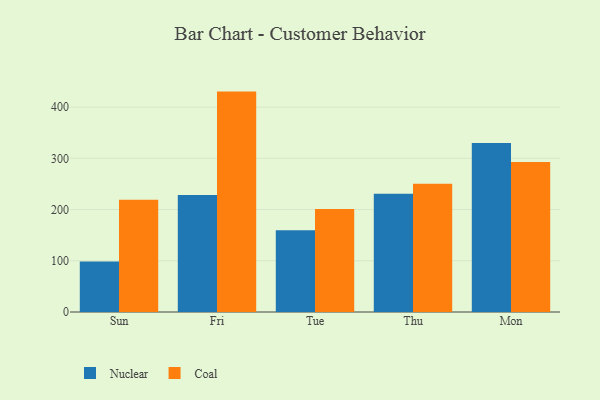
{"axis": {"x": "Day", "y": "Bounce Rate (%)"}, "legend": ["Coal", "Nuclear"], "data": [{"x": "Sun", "y": 98.4, "type": "Nuclear"}, {"x": "Sun", "y": 219.0, "type": "Coal"}, {"x": "Fri", "y": 228.3, "type": "Nuclear"}, {"x": "Fri", "y": 430.2, "type": "Coal"}, {"x": "Tue", "y": 159.8, "type": "Nuclear"}, {"x": "Tue", "y": 200.9, "type": "Coal"}, {"x": "Thu", "y": 230.7, "type": "Nuclear"}, {"x": "Thu", "y": 250.4, "type": "Coal"}, {"x": "Mon", "y": 329.8, "type": "Nuclear"}, {"x": "Mon", "y": 292.6, "type": "Coal"}]}